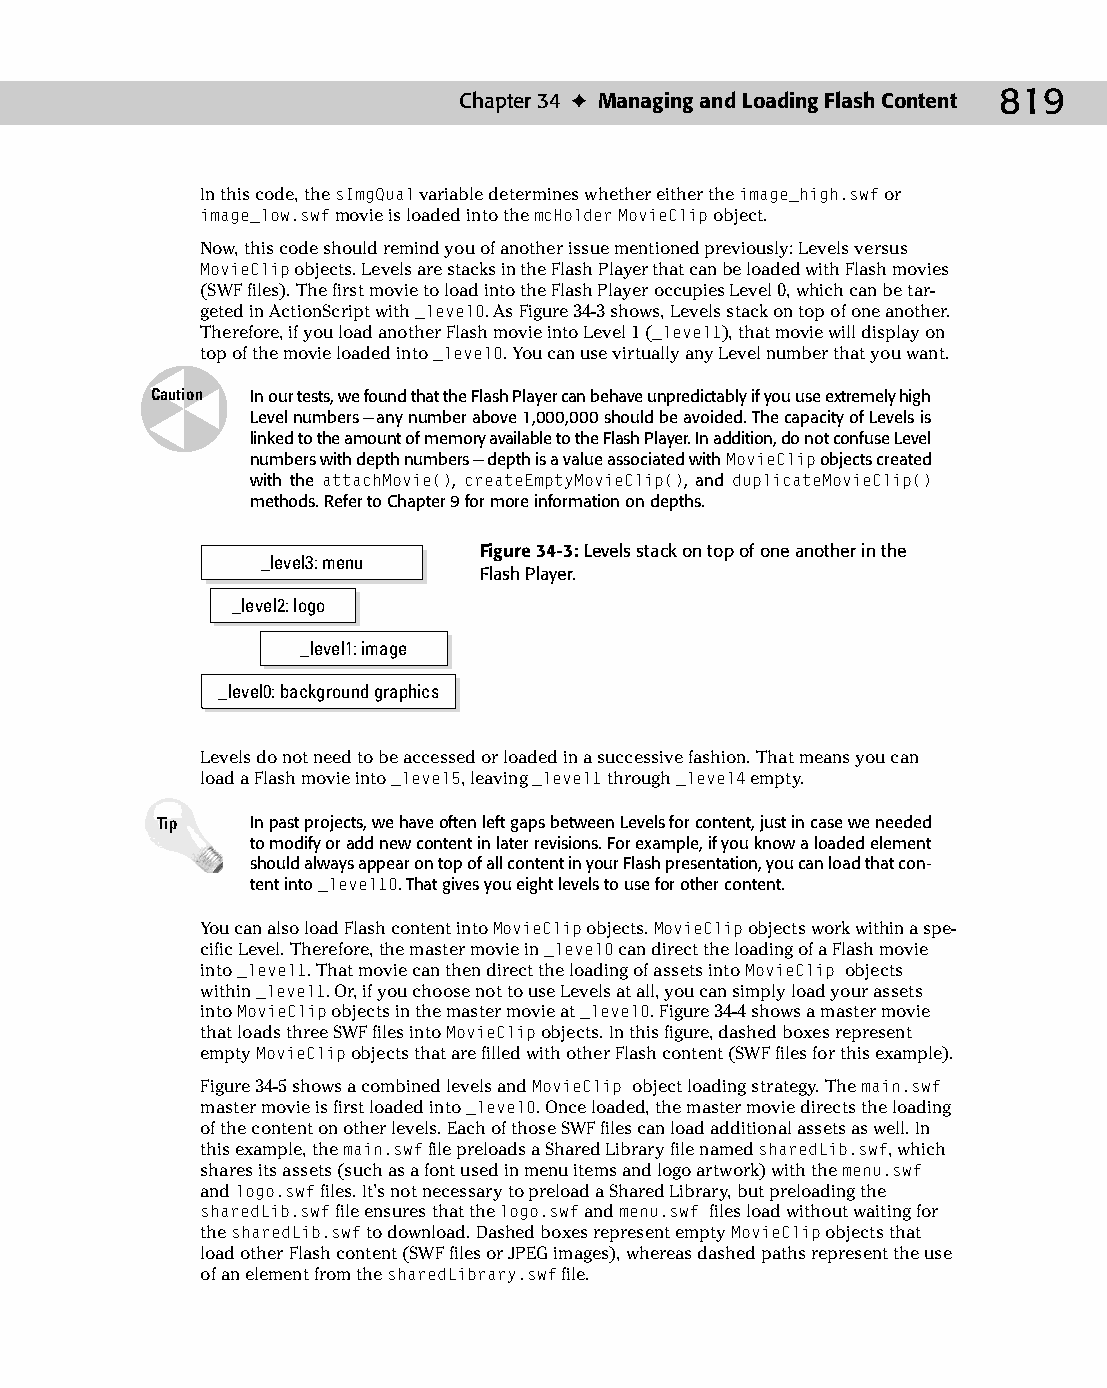
45 543547 ch34.qxd 3/24/04 4:15 PM Page 819
 Chapter 34 ✦ Managing and Loading Flash Content 819
 In this code, the sImgQual variable determines whether either the image_high.swf or
 image_low.swf movie is loaded into the mcHolder MovieClip object.
 Now, this code should remind you of another issue mentioned previously: Levels versus
 MovieClip objects. Levels are stacks in the Flash Player that can be loaded with Flash movies
 (SWF files). The first movie to load into the Flash Player occupies Level 0, which can be tar­
 geted in ActionScript with _level0. As Figure 34-3 shows, Levels stack on top of one another.
 Therefore, if you load another Flash movie into Level 1 (_level1), that movie will display on
 top of the movie loaded into _level0. You can use virtually any Level number that you want.
 Caution In our tests, we found that the Flash Player can behave unpredictably if you use extremely high
 Level numbers — any number above 1,000,000 should be avoided. The capacity of Levels is
 linked to the amount of memory available to the Flash Player. In addition, do not confuse Level
 numbers with depth numbers — depth is a value associated with MovieClip objects created
 with the attachMovie(), createEmptyMovieClip(), and duplicateMovieClip()
 methods. Refer to Chapter 9 for more information on depths.
 Figure 34-3: Levels stack on top of one another in the
 _level3: menu
 Flash Player.
 _level2: logo
 _level1: image
 _level0: background graphics
 Levels do not need to be accessed or loaded in a successive fashion. That means you can
 load a Flash movie into _level5, leaving _level1 through _level4 empty.
 Tip    In past projects, we have often left gaps between Levels for content, just in case we needed
 to modify or add new content in later revisions. For example, if you know a loaded element
 should always appear on top of all content in your Flash presentation, you can load that con­
 tent into _level10. That gives you eight levels to use for other content.
 You can also load Flash content into MovieClip objects. MovieClip objects work within a spe­
 cific Level. Therefore, the master movie in _level0 can direct the loading of a Flash movie
 into _level1. That movie can then direct the loading of assets into MovieClip objects
 within _level1. Or, if you choose not to use Levels at all, you can simply load your assets
 into MovieClip objects in the master movie at _level0. Figure 34-4 shows a master movie
 that loads three SWF files into MovieClip objects. In this figure, dashed boxes represent
 empty MovieClip objects that are filled with other Flash content (SWF files for this example).
 Figure 34-5 shows a combined levels and MovieClip object loading strategy. The main.swf
 master movie is first loaded into _level0. Once loaded, the master movie directs the loading
 of the content on other levels. Each of those SWF files can load additional assets as well. In
 this example, the main.swf file preloads a Shared Library file named sharedLib.swf, which
 shares its assets (such as a font used in menu items and logo artwork) with the menu.swf
 and logo.swf files. It’s not necessary to preload a Shared Library, but preloading the
 sharedLib.swf file ensures that the logo.swf and menu.swf files load without waiting for
 the sharedLib.swf to download. Dashed boxes represent empty MovieClip objects that
 load other Flash content (SWF files or JPEG images), whereas dashed paths represent the use
 of an element from the sharedLibrary.swf file.